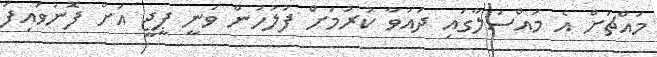
މައްޗަށް އެ މައްސަލާގައި ދައުވާ ކުރުމަށް ފުލުހުން ވަނީ ޕީޖީ އަށް ފޮނުވައިފަ